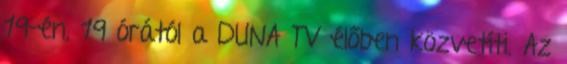
19-én, 19 órától a DUNA TV élőben közvetíti. Az